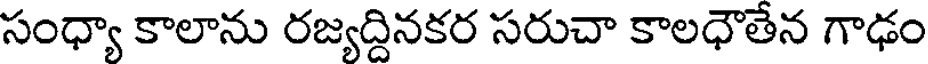
సంధ్యా కాలాను రజ్యద్దినకర సరుచా కాలధౌతేన గాఢం